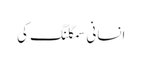
انسانی سمگلنگ کی